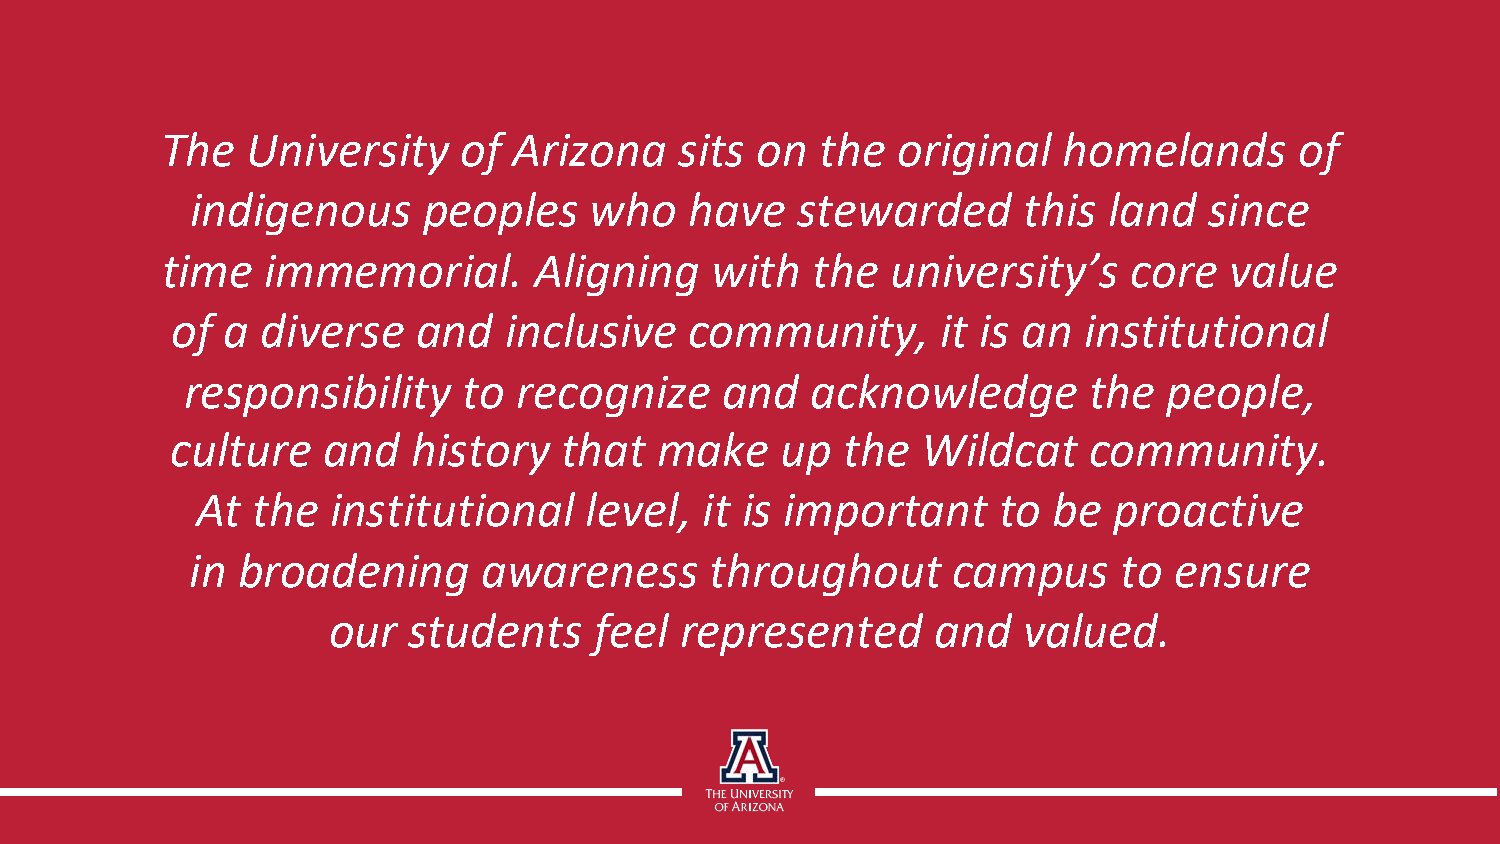
The  University    of  Arizona    sits on  the  original   homelands       of
 indigenous     peoples    who    have   stewarded      this land   since
 time   immemorial.      Aligning    with   the  university’s    core  value
 of  a diverse    and  inclusive    community,      it is an  institutional
 responsibility     to recognize     and   acknowledge       the  people,
 culture   and   history   that   make    up  the  Wildcat    community.
 At  the  institutional    level,  it is important    to  be  proactive
 in broadening      awareness      throughout      campus     to  ensure
 our  students    feel  represented      and   valued.